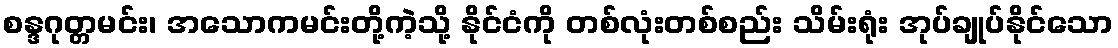
စန္ဒဂုတ္တမင်း၊ အသောကမင်းတို့ကဲ့သို့ နိုင်ငံကို တစ်လုံးတစ်စည်း သိမ်းရုံး အုပ်ချုပ်နိုင်သော